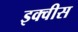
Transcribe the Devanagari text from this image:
इक्वीस